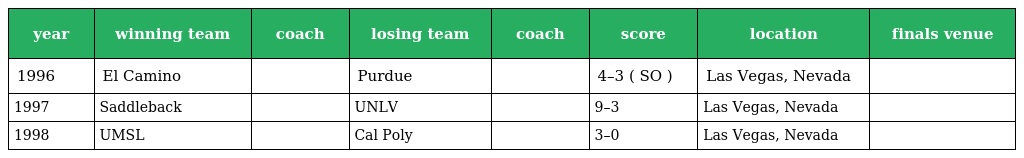
| year | winning team | coach | losing team | coach | score | location | finals venue |
 | --- | --- | --- | --- | --- | --- | --- | --- |
 | 1996 | El Camino |  | Purdue |  | 4–3 ( SO ) | Las Vegas, Nevada |  |
 | 1997 | Saddleback |  | UNLV |  | 9–3 | Las Vegas, Nevada |  |
 | 1998 | UMSL |  | Cal Poly |  | 3–0 | Las Vegas, Nevada |  |